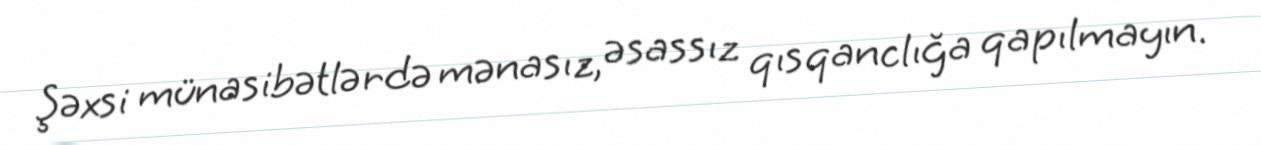
Şəxsi münasibətlərdə mənasız, əsassız qısqanclığa qapılmayın.